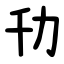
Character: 㔓